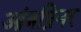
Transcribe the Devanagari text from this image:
आंत्रप्रिनर